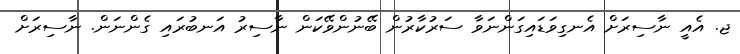
ޖ. އެއީ ނާސިރަށް އެނގިވަޑައިގަންނަވާ ސަރުކާރުން ބޭނުންވޭކަން ނާސިރު އަނބުރައި ގެންނަން. ނާސިރަށް